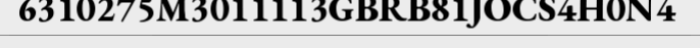
6310275M3011113GBRB81JOCS4H0N4